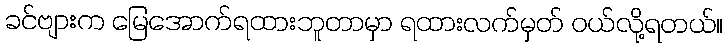
ခင်ဗျားက မြေအောက်ရထားဘူတာမှာ ရထားလက်မှတ် ဝယ်လို့ရတယ်။